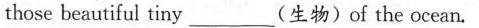
those beautiful tiny ___ (生物) of the ocean.